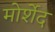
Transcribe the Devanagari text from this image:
मोर्शेद